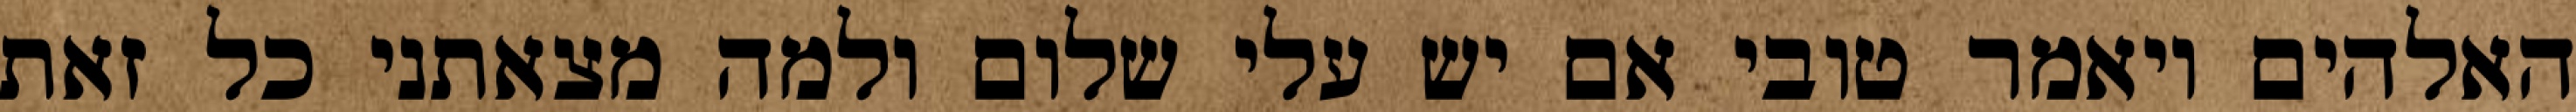
האלהים ויאמר טובי אם יש עלי שלום ולמה מצאתני כל זאת